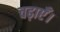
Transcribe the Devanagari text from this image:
चढ़ाएँ।